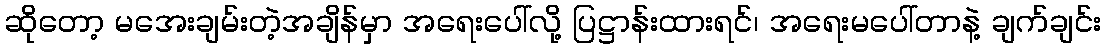
ဆိုတော့ မအေးချမ်းတဲ့အချိန်မှာ အရေးပေါ်လို့ ပြဋ္ဌာန်းထားရင်၊ အရေးမပေါ်တာနဲ့ ချက်ချင်း